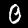
Digit: 0